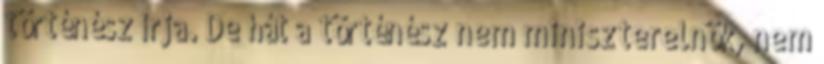
történész írja. De hát a történész nem miniszterelnök, nem